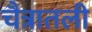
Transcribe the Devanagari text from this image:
चैत्रातली